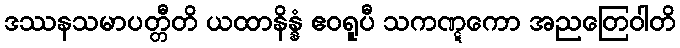
ဒဿနသမာပတ္တီတိ ယထာနိန္နံ ဧဝရူပီ သကဏ္ဋကော အညတြေဝါတိ